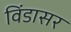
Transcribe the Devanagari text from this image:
विंडासर